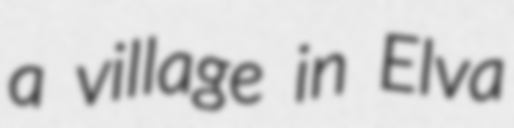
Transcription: a village in Elva